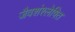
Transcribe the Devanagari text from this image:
जैवशंश्लेषित